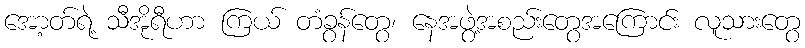
အော့တ်ရဲ့ သီအိုရီဟာ ကြယ် တံခွန်တွေ၊ နေအဖွဲ့အစည်းတွေအကြောင်း လူသားတွေ